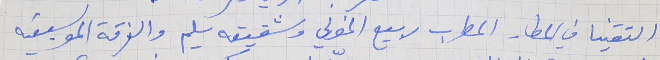
التقنيا في المطار المطرب ربيع الخولي وشقيقه سليم والفرقة الموسيقيه